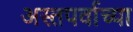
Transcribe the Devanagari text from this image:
अस्तपर्वाच्या